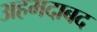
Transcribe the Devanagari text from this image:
अहमदाबद